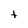
Character: t